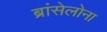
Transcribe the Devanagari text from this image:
ब्रांसेलोना